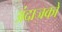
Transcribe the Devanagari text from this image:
अंदाजको